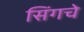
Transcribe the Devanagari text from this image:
सिंगचे